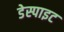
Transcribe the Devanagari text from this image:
डेस्पाइट